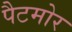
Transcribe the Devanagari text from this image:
पैटमोर